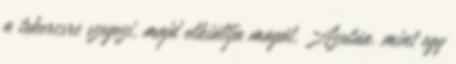
a tekercsre szegezi, majd elkiáltja magát. Azután, mint egy